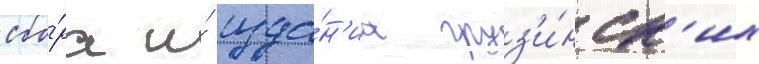
сбо́ра и́ изда́н'иа груз'и́нск'их